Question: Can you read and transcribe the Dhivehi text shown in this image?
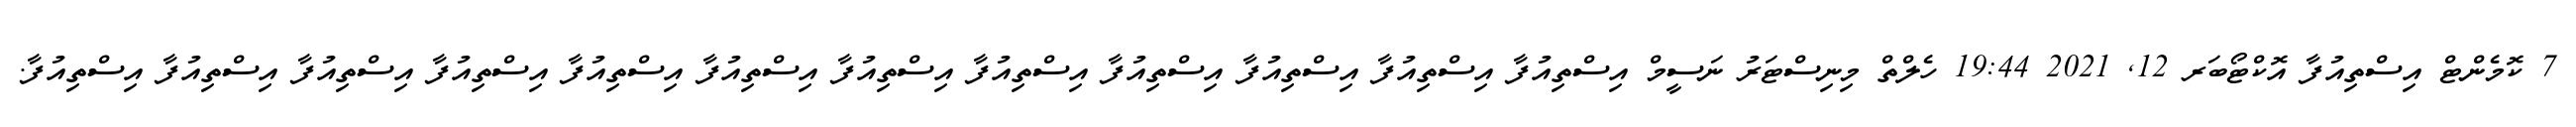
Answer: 7 ކޮމެންޓް އިސްތިއުފާ އޮކްޓޯބަރ 12, 2021 19:44 ހެލްތް މިނިސްޓަރު ނަސީމް އިސްތިއުފާ އިސްތިއުފާ އިސްތިއުފާ އިސްތިއުފާ އިސްތިއުފާ އިސްތިއުފާ އިސްތިއުފާ އިސްތިއުފާ އިސްތިއުފާ އިސްތިއުފާ އިސްތިއުފާ އިސްތިއުފާ.